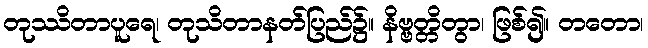
တုဿိတာပူရေ၊ တုသိတာနတ်ပြည်၌။ နိဗ္ဗတ္တိတွာ၊ ဖြစ်၍။ တတော၊